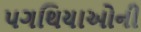
પગથિયાઓની